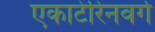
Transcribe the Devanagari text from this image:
एकाटेरिनवर्ग